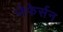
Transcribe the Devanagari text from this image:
जेफेर्सन